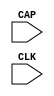
// $Header: /devl/xcs/repo/env/Databases/CAEInterfaces/verunilibs/data/unisims/CAPTURE_SPARTAN3.v,v 1.7 2007/05/23 21:43:33 patrickp Exp $
///////////////////////////////////////////////////////////////////////////////
// Copyright (c) 1995/2004 Xilinx, Inc.
// All Right Reserved.
///////////////////////////////////////////////////////////////////////////////
//   ____  ____
//  /   /\/   /
// /___/  \  /    Vendor : Xilinx
// \   \   \/     Version : 10.1
//  \   \         Description : Xilinx Functional Simulation Library Component
//  /   /                  Register State Capture for Bitstream Readback for SPARTAN3
// /___/   /\     Filename : CAPTURE_SPARTAN3.v
// \   \  /  \    Timestamp : Thu Mar 25 16:42:15 PST 2004
//  \___\/\___\
//
// Revision:
//    03/23/04 - Initial version.
//    07/23/05 - Added ONESHOT to all CAPUTURE comps; CR # 212645
//    01/19/06 - made ONESHOT false; CR # 220151
//    05/23/07 - Changed timescale to 1 ps / 1 ps.

`timescale  1 ps / 1 ps


module CAPTURE_SPARTAN3 (CAP, CLK);

    input  CAP, CLK;

    parameter ONESHOT = "FALSE";

endmodule